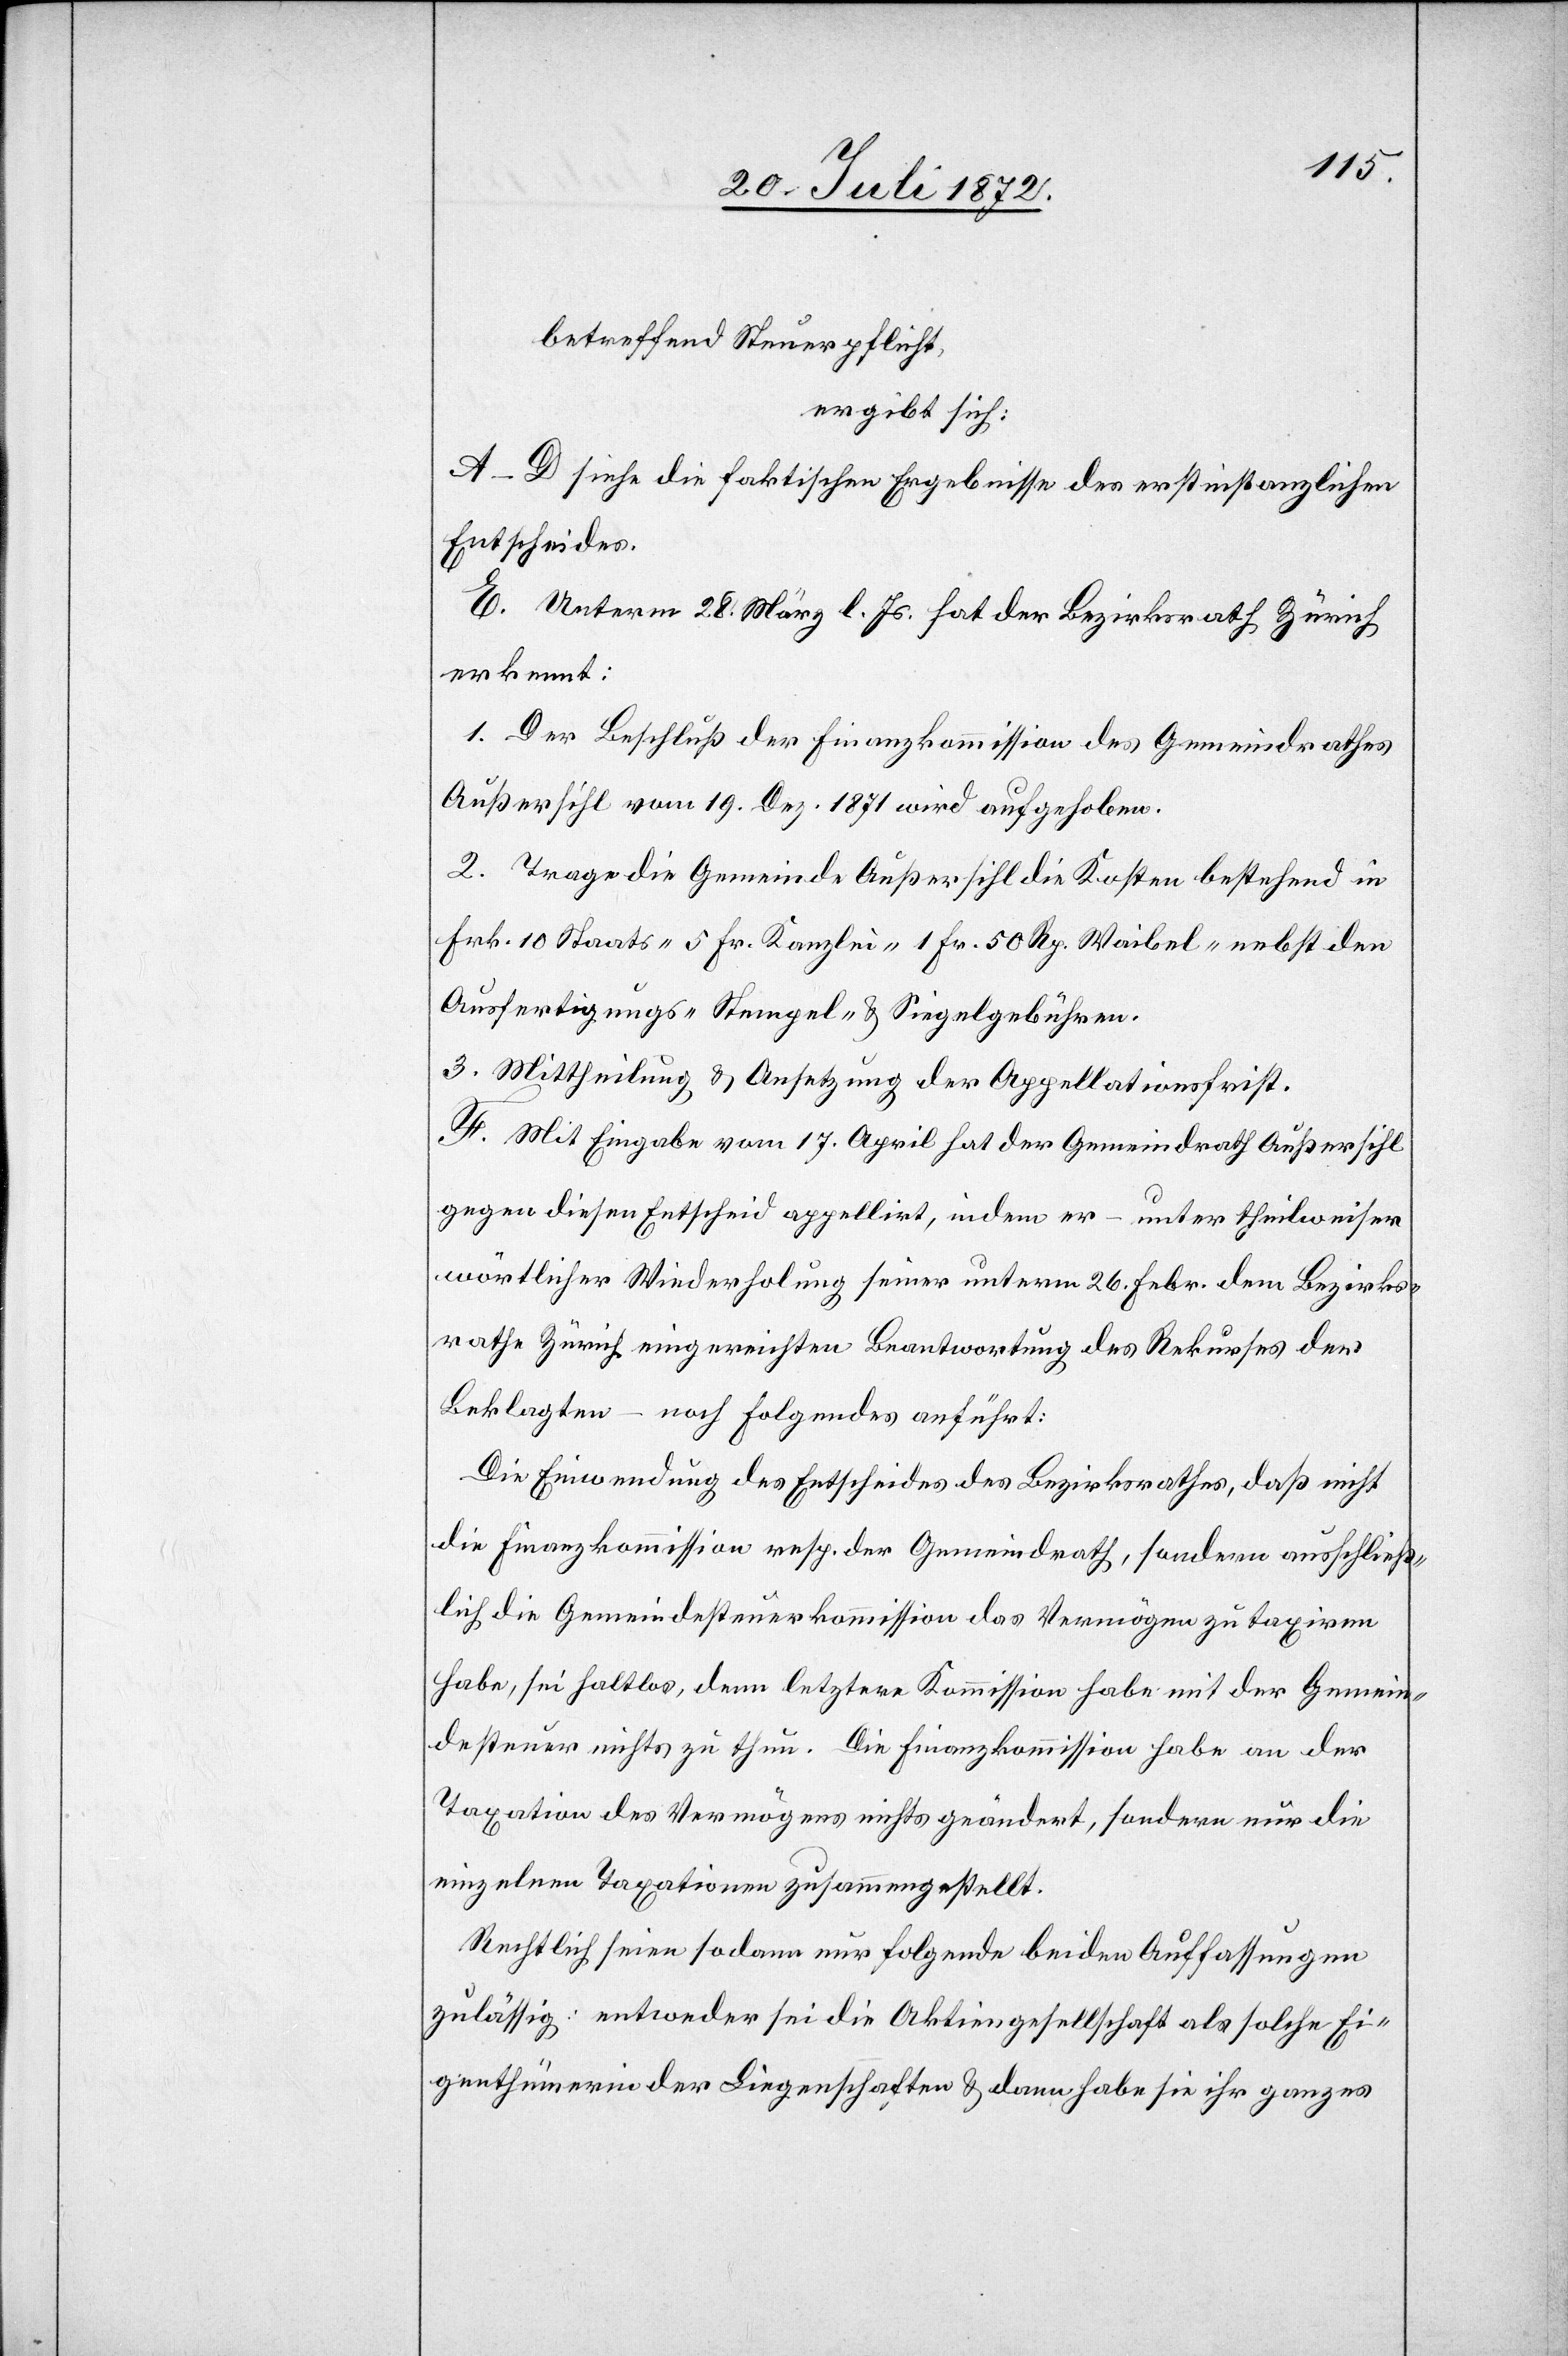
betreffend Steuerpflicht,
ergibt sich:
A–D siehe die faktischen Ergebnisse des erstinstanzlichen
Entscheides.
E. Unterm 28. März l. Js. hat der Bezirksrath Zürich
erkennt:
1. Der Beschluß der Finanzkommission des Gemeindrathes
Außersihl vom 19. Dez. 1871 wird aufgehoben.
2. Trage die Gemeinde Außersihl die Kosten bestehend in
Frk. 10 Staats-[,] 5 Fr. Kanzlei-[,] 1 Fr. 50 Rp. Waibel- nebst den
Ausfertigungs-[,] Stempel- u. Siegelgebühren.
3. Mittheilung u. Ansetzung der Appellationsfrist.
F. Mit Eingabe vom 17. April hat der Gemeindrath Außersihl
gegen diesen Entscheid appellirt, indem er – unter theilweiser
wörtlicher Wiederholung seiner unterm 26. Febr. dem Bezirks¬
rathe Zürich eingereichten Beantwortung des Rekurses der
Beklagten – noch folgendes anführt:
Die Einwendung des Entscheides des Bezirksrathes, daß nicht
die Finanzkommission resp. der Gemeindrath, sondern ausschließ¬
lich die Gemeindesteuerkommission das Vermögen zu taxiren
habe, sei haltlos, denn letztere Kommission habe mit der Gemein¬
desteuer nichts zu thun. Die Finanzkommission habe an der
Taxation des Vermögens nichts geändert, sondern nur die
einzelnen Taxationen zusammengestellt.
Rechtlich seien sodann nur folgende beide Auffassungen
zulässig: entweder sei die Aktiengesellschaft als solche Ei¬
genthümerin der Liegenschaften u. dann habe sie ihr ganzes